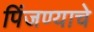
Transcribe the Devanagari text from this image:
पिंजण्याचे